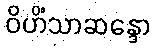
ဝိဟိံသာဆန္ဒော